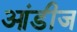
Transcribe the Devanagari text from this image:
आंडीज